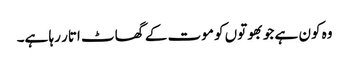
وہ کون ہے جو بھوتوں کو موت کے گھاٹ اتار رہا ہے۔